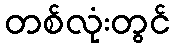
တစ်လုံးတွင်